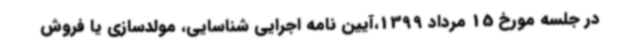
در جلسه مورخ 15 مرداد 1399،آیین نامه اجرایی شناسایی، مولدسازی یا فروش